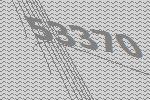
53370